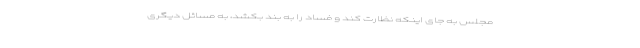
مجلس به جای اینکه نظارت کند و فساد را به بند بکشد، به مسائل دیگری